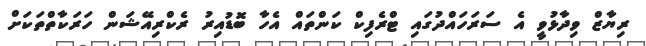
ރިޔާޒް ވިދާޅުވީ އެ ސަރަހައްދުގައި ޓްރެފިކް ކަންތައް އެހާ ބޮޑުއިރު ރެކްރިއޭޝަން ހަރަކާތްތަކަށް